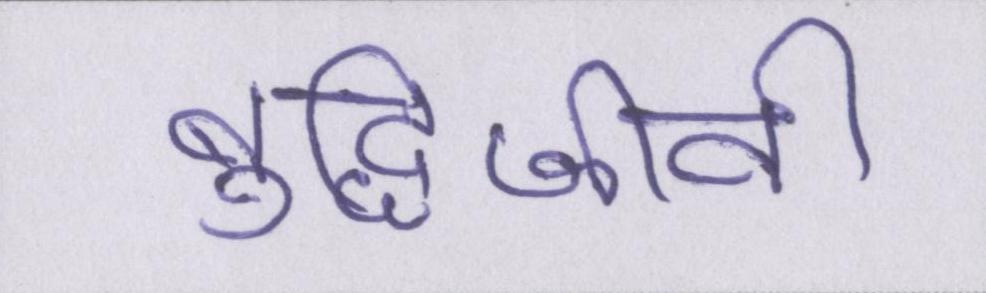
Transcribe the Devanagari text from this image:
बुद्धिजीवी